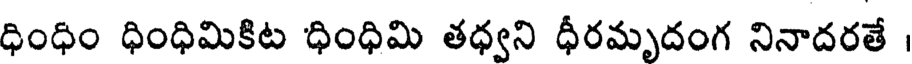
ధింధిం ధింధిమికిట ధింధిమి తధ్వని ధీరమృదంగ నినాదరతే